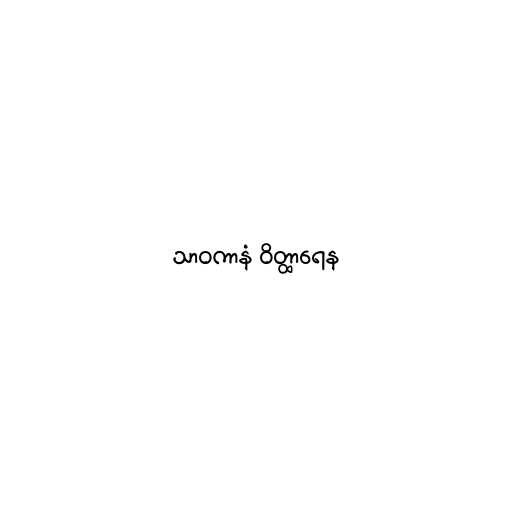
သာဝကာနံ ဝိတ္ထာရေန